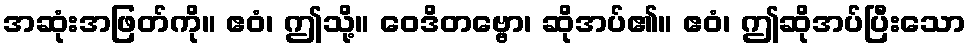
အဆုံးအဖြတ်ကို။ ဧဝံ၊ ဤသို့။ ဝေဒိတဗ္ဗော၊ ဆိုအပ်၏။ ဧဝံ၊ ဤဆိုအပ်ပြီးသော